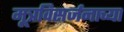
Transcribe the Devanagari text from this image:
मूत्रविसर्जनाच्या